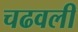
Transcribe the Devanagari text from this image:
चढवली